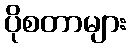
ပိုစတာများ